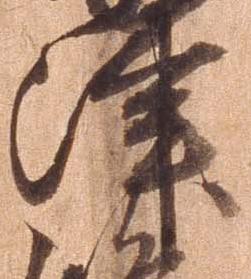
津